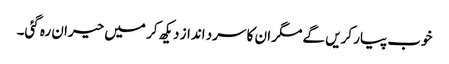
خوب پیار کریں گے مگر ان کا سرد انداز دیکھ کر میں حیران رہ گئی۔